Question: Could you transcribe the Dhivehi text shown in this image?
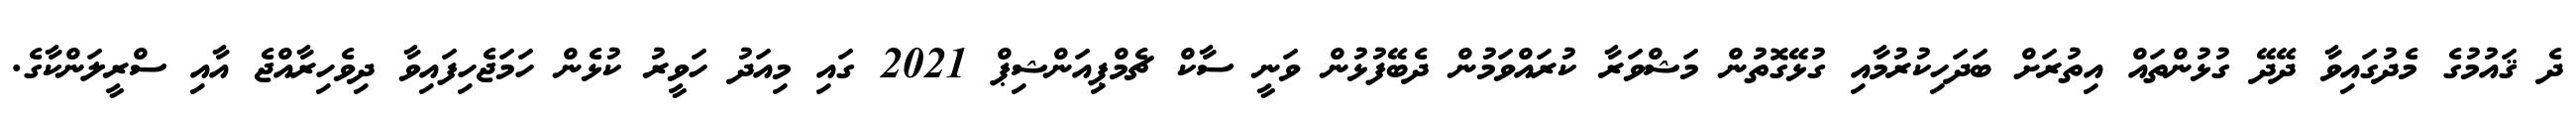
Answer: ދެ ޤައުމުގެ މެދުގައިވާ ދޭދޭ ގުޅުންތައް އިތުރަށް ބަދަހިކުރުމާއި ގުޅޭގޮތުން މަޝްވަރާ ކުރައްވަމުން ދެބޭފުޅުން ވަނީ ސާކް ޗެމްޕިއަންޝިޕް 2021 ގައި މިއަދު ހަވީރު ކުޅެން ހަމަޖެހިފައިވާ ދިވެހިރާއްޖެ އާއި ސްރީލަންކާގެ.